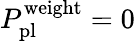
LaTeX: P_{\mathrm{pl}}^{\mathrm{weight}}=0